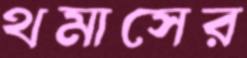
থমাসের